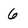
Character: 6